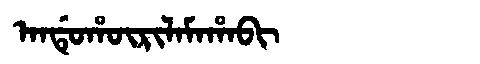
Manchu: ᠠᠨᡩᡠᡥᡡᡵᡳᠯᠠᠮᠠᡥᠠᠪᡳ
Romanization: ANDUHŪRILAMAHABI